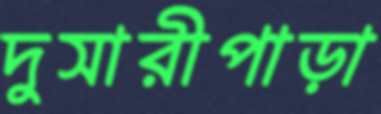
দুসারীপাড়া